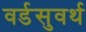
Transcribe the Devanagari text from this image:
वर्डसुवर्थ